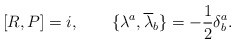
\begin{align*}\lbrack R, P \rbrack = i, \qquad\lbrace \lambda^a, {\overline{\lambda}}_b \rbrace = -\frac{1}{2} \delta^a_b.\end{align*}